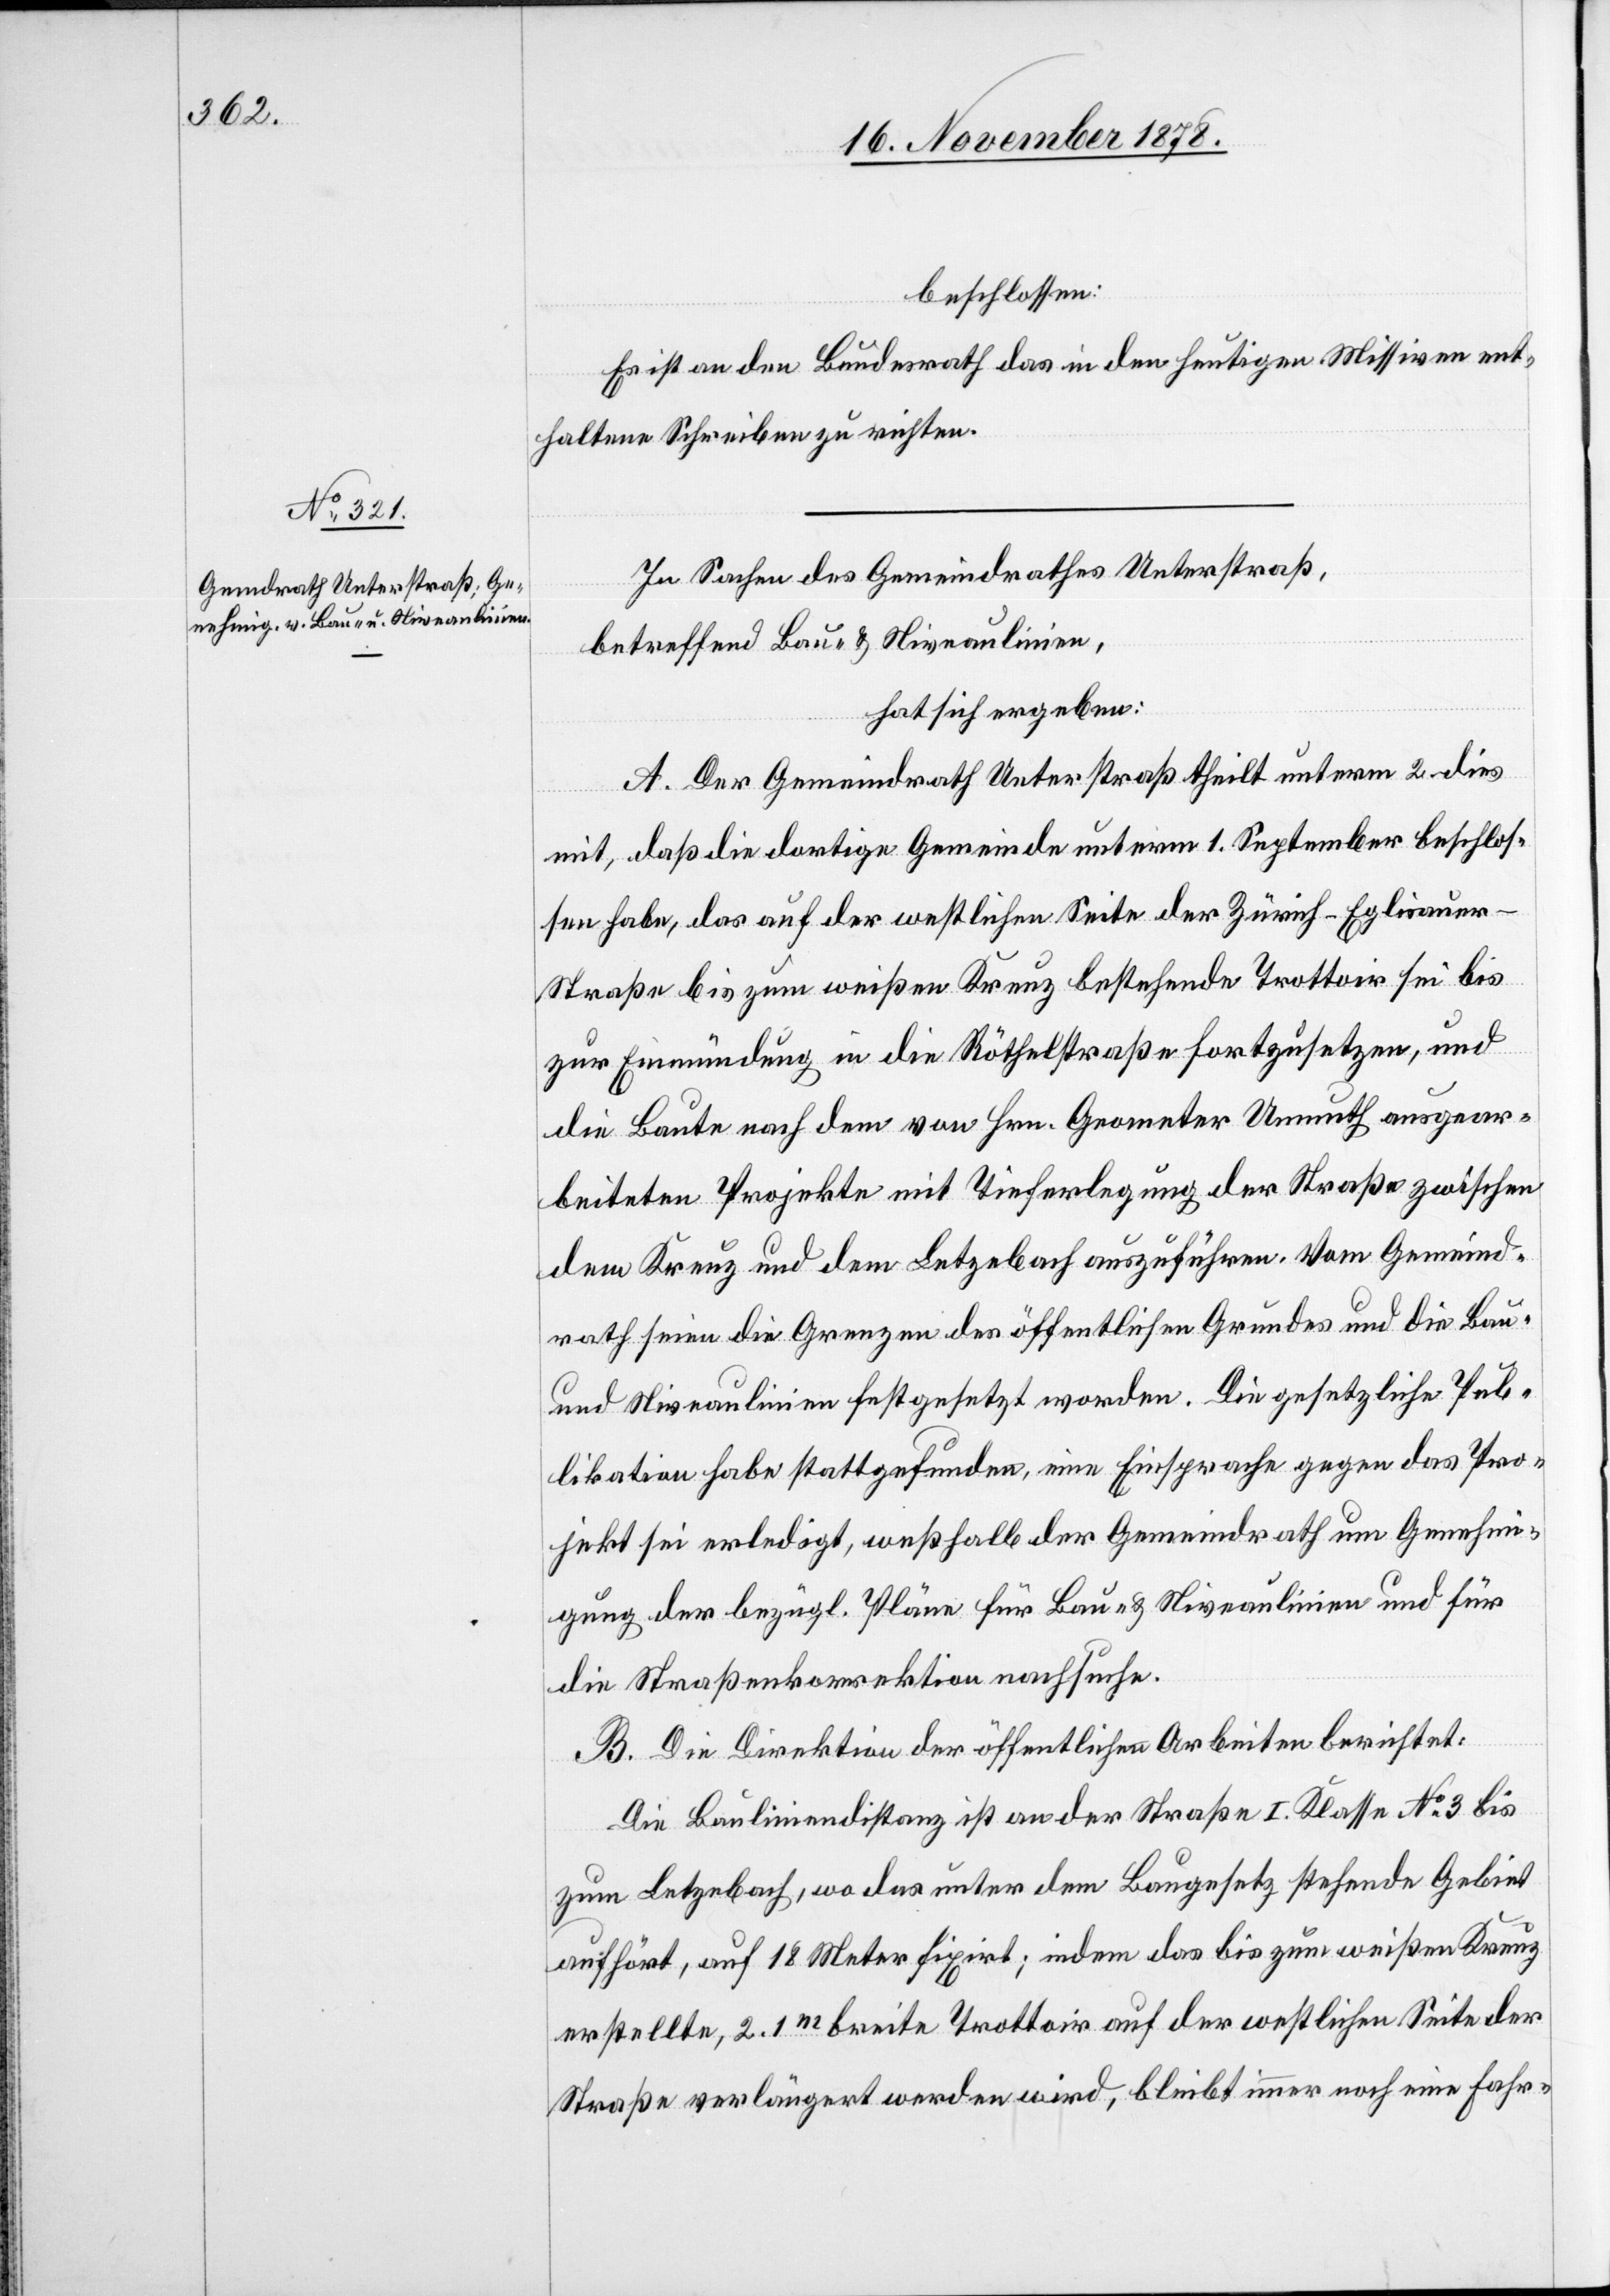
beschlossen:
Es ist an den Bundesrath das in den heutigen Missiven ent¬
haltene Schreiben zu richten.
In Sachen des Gemeindrathes Unterstraß,
betreffend Bau- & Niveaulinien,
hat sich ergeben:
A. Der Gemeindrath Unterstraß theilt unterm 2. dies
mit, daß die dortige Gemeinde unterm 1. September beschlos¬
sen habe, das auf der westlichen Seite der Zürich–Eglisaue¬
r-Straße bis zum weißen Kreuz bestehende Trottoir sei bis
zur Einmündung in die Röthelstraße fortzusetzen, und
die Baute nach dem von Hrn. Geometer Unmuth ausgear¬
beiteten Projekte mit Tieferlegung der Straße zwischen
dem Kreuz und dem Letzebach auszuführen. Vom Gemeind¬
rath seien die Grenzen des öffentlichen Grundes und die Bau-
und Niveaulinien festgesetzt worden. Die gesetzliche Pub¬
likation habe stattgefunden, eine Einsprache gegen das Pro¬
jekt sei erledigt, weßhalb der Gemeindrath um Genehmi¬
gung der bezügl. Pläne für Bau- und Niveaulinien und für
die Straßenkorrektion nachsuche.
B. Die Direktion der öffentlichen Arbeiten berichtet:
Die Bauliniendistanz ist an der Straße I. Klasse No 3 bis
zum Letzebach, wo das unter dem Baugesetz stehende Gebiet
aufhört, auf 18 Meter fixirt, indem das bis zum weißen Kreuz
erstellte, 2.1m breite Trottoir auf der westlichen Seite der
Straße verlängert werden wird, bleibt immer noch eine Fahr-